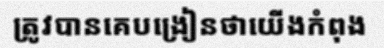
ត្រូវបានគេបង្រៀនថាយើងកំពុង